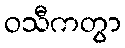
ဝသီကတွာ